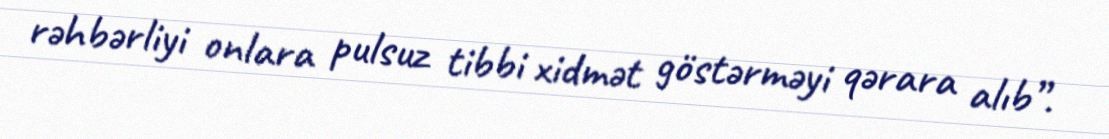
rəhbərliyi onlara pulsuz tibbi xidmət göstərməyi qərara alıb”.